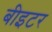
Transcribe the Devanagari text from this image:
बीइटर